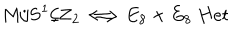
\mathrm { M } / { \bf S } ^ { 1 } / { \bf Z } _ { 2 } \Longleftrightarrow E _ { 8 } \times E _ { 8 } \ H e t